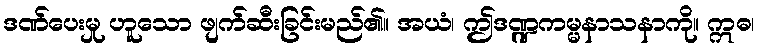
ဒဏ်ပေးမှု ဟူသော ဖျက်ဆီးခြင်းမည်၏။ အယံ၊ ဤဒဏ္ဍကမ္မနာသနာကို။ ဣဓ၊